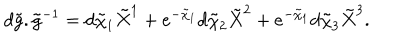
d \tilde { g } . { \tilde { g } } ^ { - 1 } = d \tilde { \chi } _ { 1 } \tilde { X } ^ { 1 } + e ^ { - \tilde { \chi } _ { 1 } } d \tilde { \chi } _ { 2 } \tilde { X } ^ { 2 } + e ^ { - \tilde { \chi } _ { 1 } } d \tilde { \chi } _ { 3 } \tilde { X } ^ { 3 } .